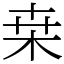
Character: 桒